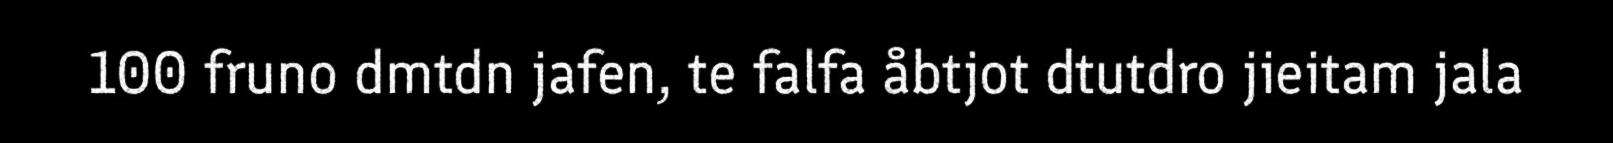
100 fruno dmtdn jafen, te falfa åbtjot dtutdro jieitam jala